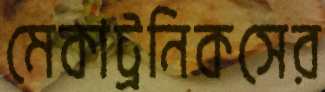
মেকাট্রনিকসের